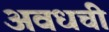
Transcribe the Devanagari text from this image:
अवधची